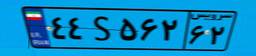
۵۹S۶۹۰۲۵